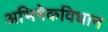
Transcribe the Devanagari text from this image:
अभिषेकविधान